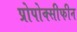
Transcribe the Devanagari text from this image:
प्रोपोक्सीफीन